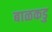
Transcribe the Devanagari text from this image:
बाळकडु